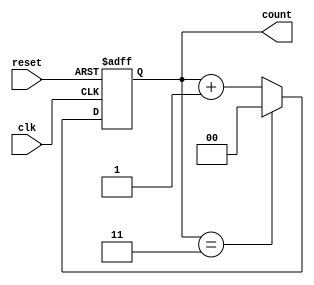
module mod_n_counter #(
    parameter N = 4 // Modify this to change the counter modulus
)(
    input wire clk,    // Clock input
    input wire reset,  // Asynchronous reset
    output reg [1:0] count // Output count (2 bits for Mod-4)
);

// Internal state and next state signals
reg [1:0] next_count;

// Asynchronous reset logic
always @(posedge clk or posedge reset) begin
    if (reset) 
        count <= 2'b00; // Reset to 0
    else 
        count <= next_count; // Update count to next state
end

// Combinational logic to define the next state
always @(*) begin
    if (count == N-1)
        next_count = 2'b00; // Reset to 0 after reaching N-1
    else
        next_count = count + 1; // Increment the counter
end

endmodule